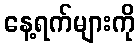
နေ့ရက်များကို